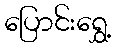
ပြောင်းရွှေ့